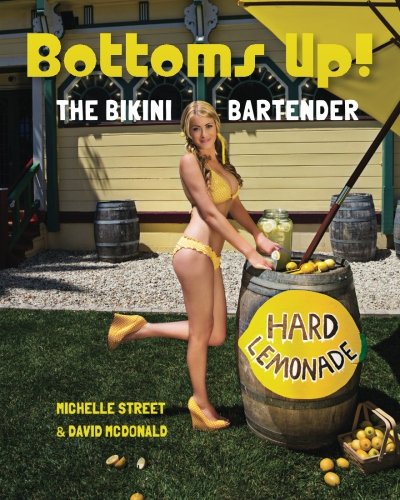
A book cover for Bottoms UP! The Bikini Bartender; Michelle Street; Cookbooks, Food & Wine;